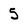
Character: 5